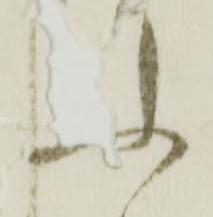
ふ